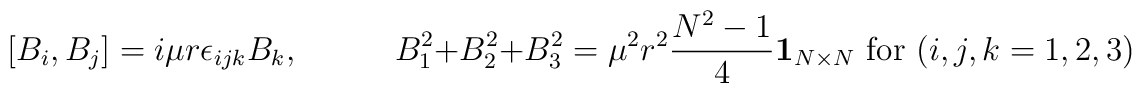
[B_{i}, B_{j}]  = i \mu r   \epsilon_{ijk} B_{k}, \hspace{12mm} B_{1}^{2} + B_{2}^{2} + B_{3}^{2} =   \mu^{2} r^{2} \frac{N^{2} - 1}{4} {\bf 1}_{N \times N}    \textrm{ for } (i,j,k=1,2,3)